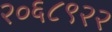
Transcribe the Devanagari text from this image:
२०६८९२२